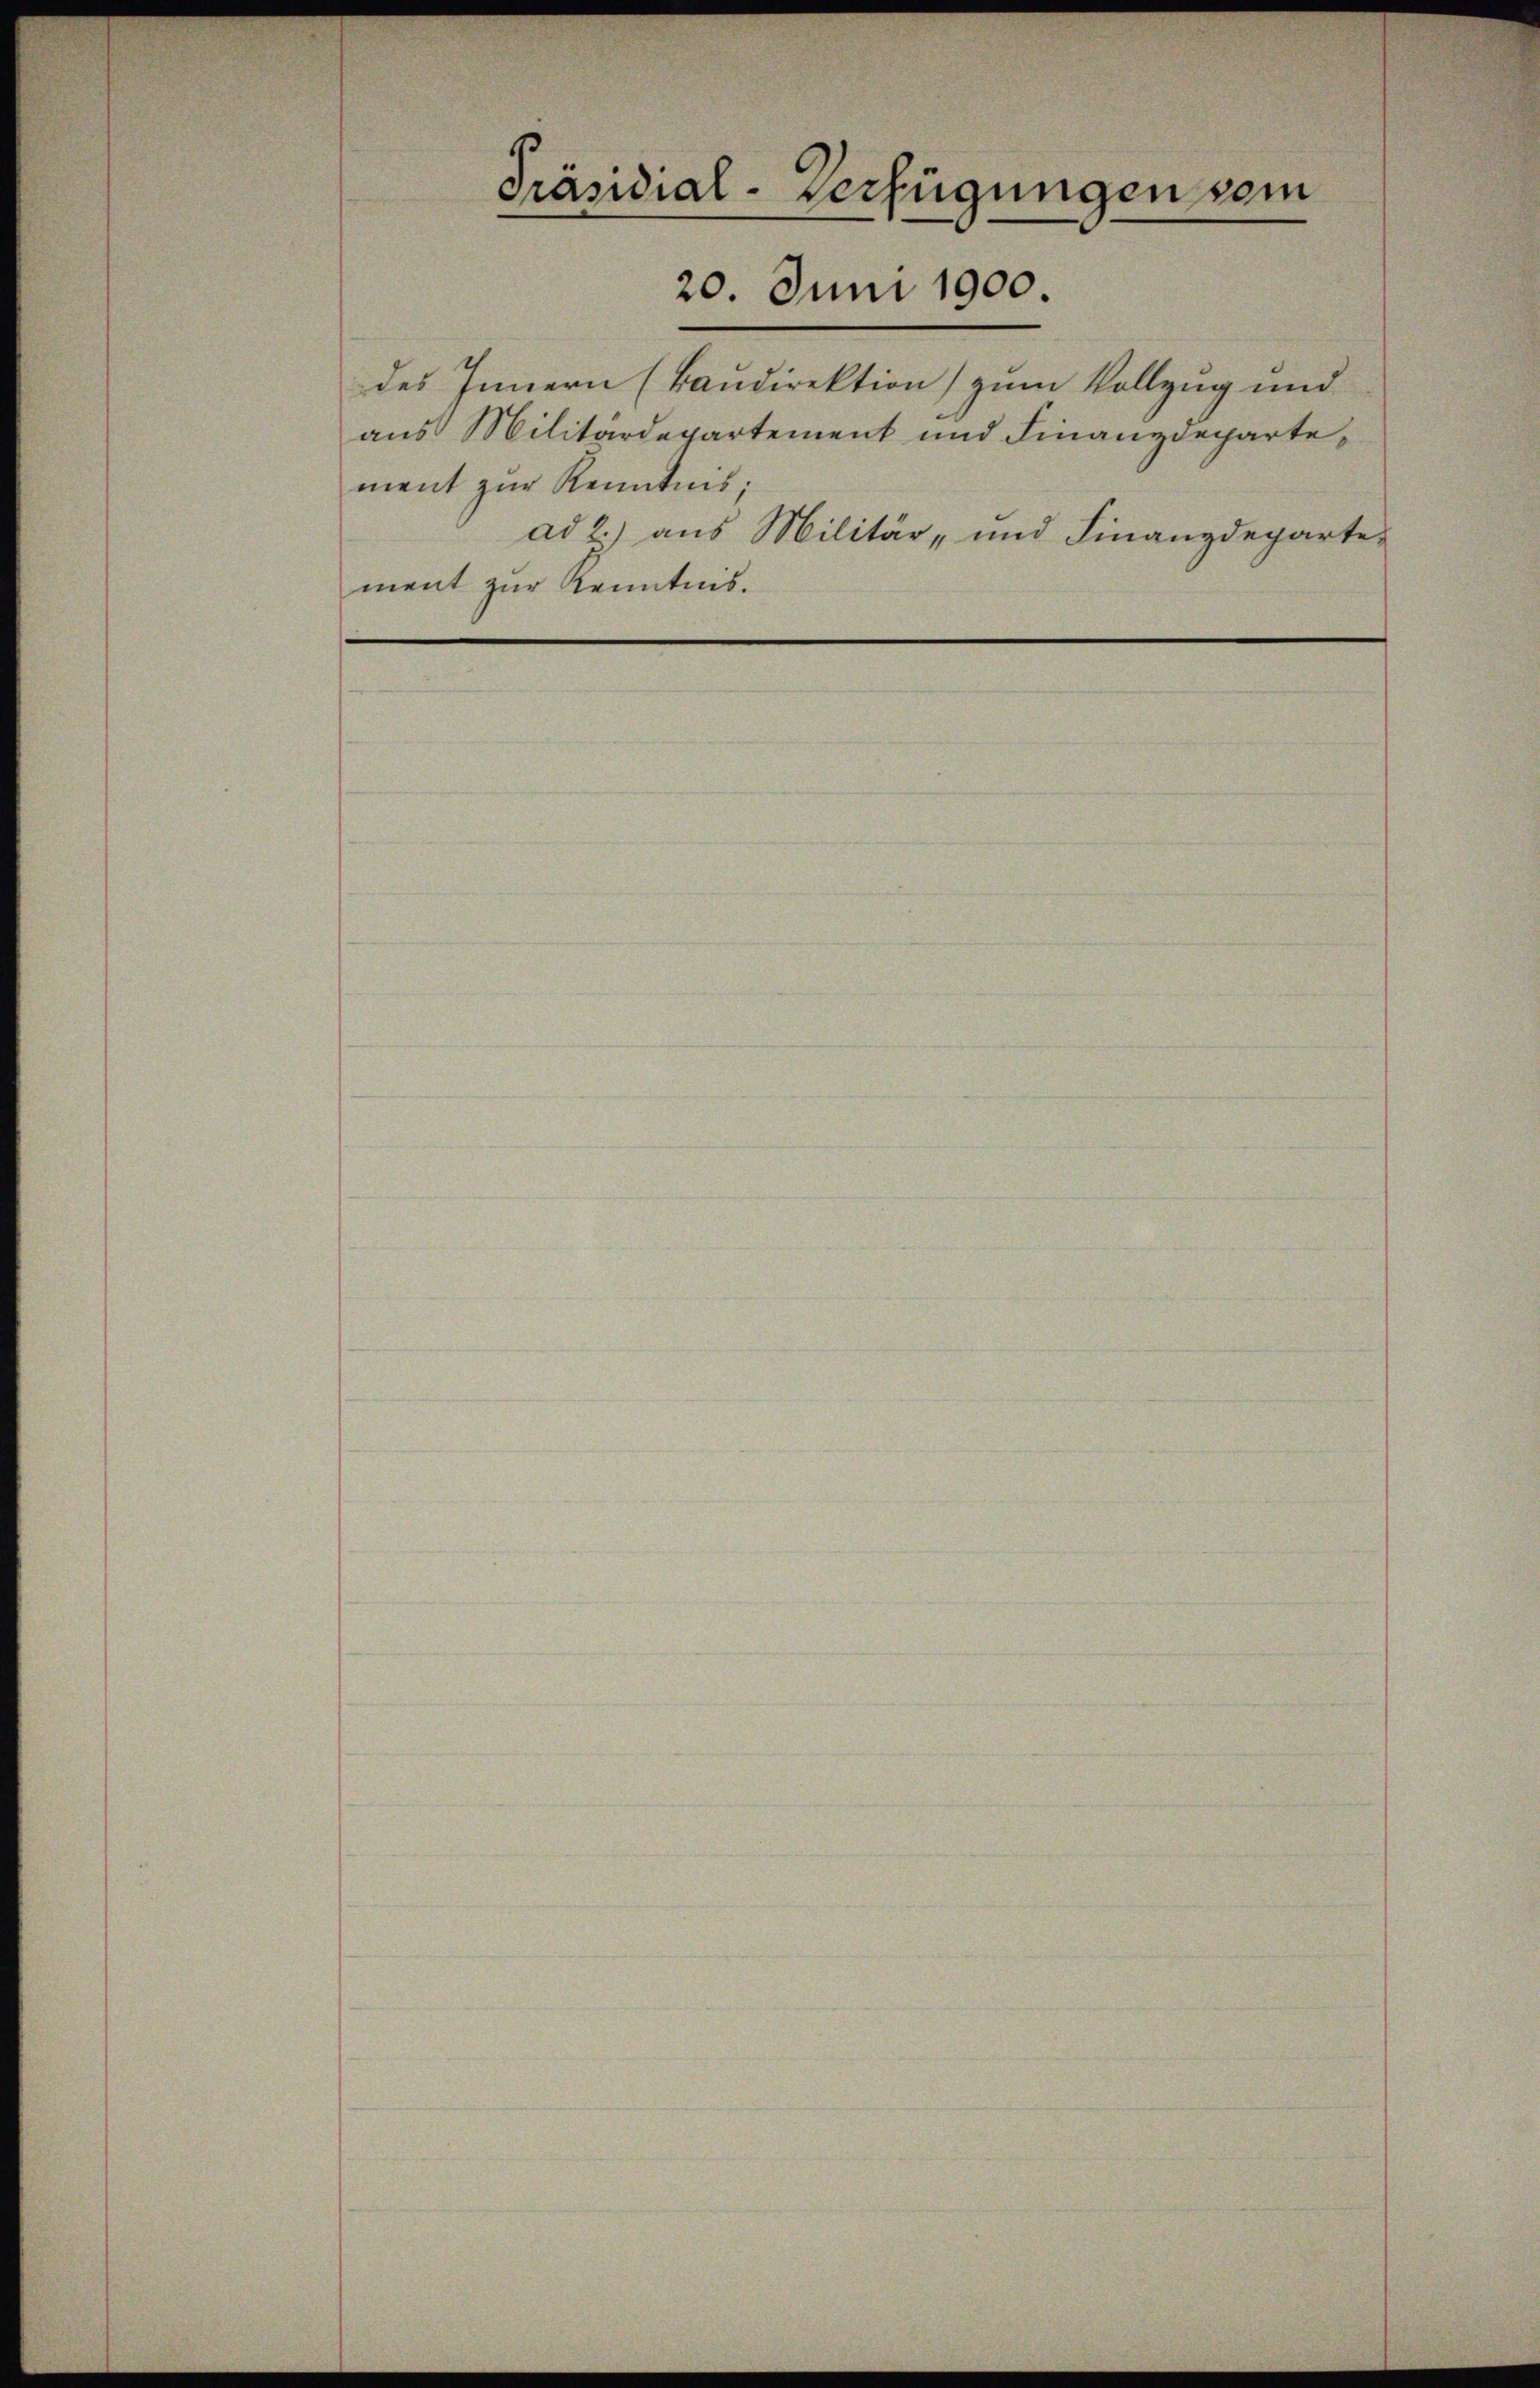
Präsidial-Verfügungen vom
20. Juni 1900.

des Innern (Baudirektion zum Vollzug und
aus Militärdepartement und Finanzdepartement zur Kenntnis:
ad 2.) aus Militär- und Finanzdeparte
ment zur Kenntnis.